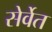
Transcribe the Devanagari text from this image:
सेर्वेत